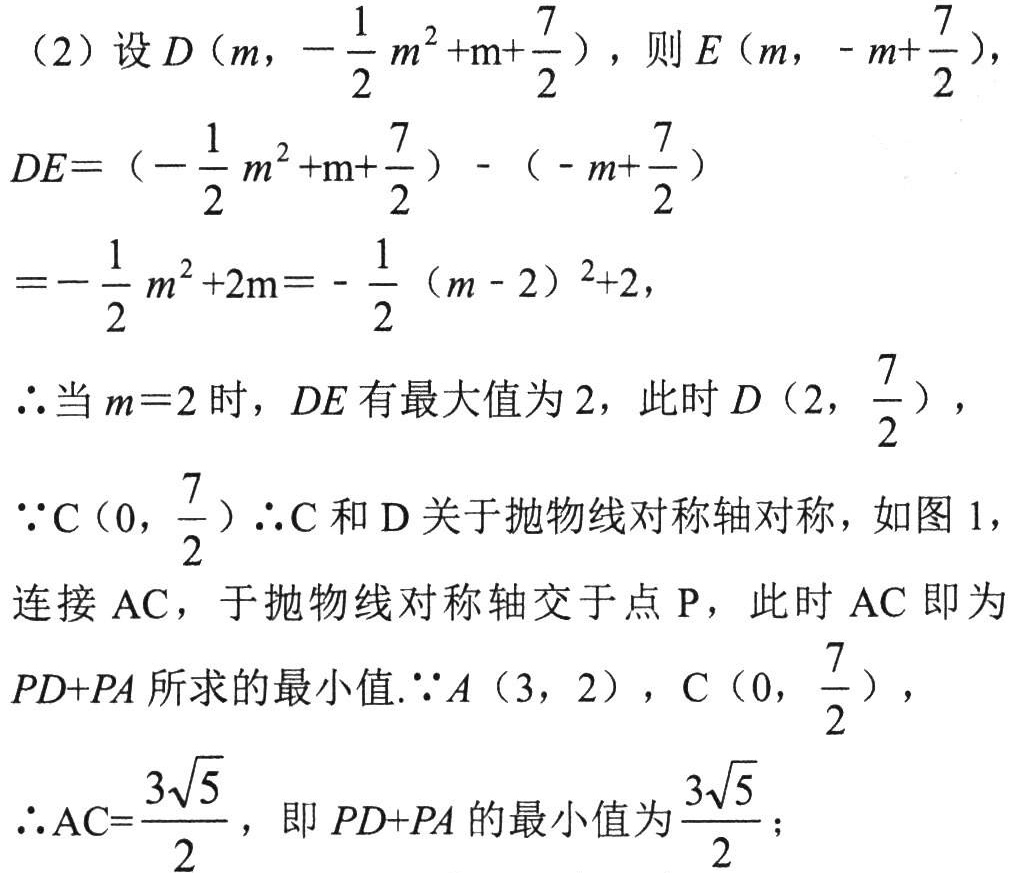
（2）设\(D\left(m,-\dfrac{1}{2}m^{2}+m +\dfrac{7}{2}\right)\)，则\(E\left(m,-m+\dfrac{7}{2}\right)\)，
\(DE=\left(-\dfrac{1}{2}m^{2}+m+\dfrac{7}{2}\right)-\left(-m+\dfrac{7}{2}\right)\)
\(=-\dfrac{1}{2}m^{2}+2m=-\dfrac{1}{2}(m - 2)^{2}+2\)，
\(\therefore\)当\(m = 2\)时，\(DE\)有最大值为\(2\)，此时\(D\left(2,\dfrac{7}{2}\right)\)，
\(\because C\left(0,\dfrac{7}{2}\right)\)\(\therefore C\)和\(D\)关于抛物线对称轴对称，如图1，
连接\(AC\)，于抛物线对称轴交于点\(P\)，此时\(AC\)即为
\(PD + PA\)所求的最小值.\(\because A(3,2)\)，\(C\left(0,\dfrac{7}{2}\right)\)，
\(\therefore AC=\dfrac{3\sqrt{5}}{2}\)，即\(PD + PA\)的最小值为\(\dfrac{3\sqrt{5}}{2}\)；